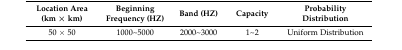
| Location Area (km × km) | Beginning Frequency (HZ) | Band (HZ) | Capacity | Probability Distribution |
 | --- | --- | --- | --- | --- |
 | 50 × 50 | 1000~5000 | 2000~3000 | 1~2 | Uniform Distribution |